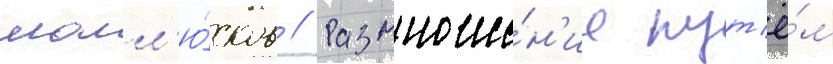
молл'ю́сков // Размноже́н'ие пут'ё́м